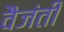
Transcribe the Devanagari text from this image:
वैजंती